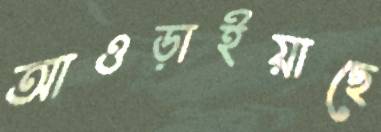
আওড়াইয়াছে